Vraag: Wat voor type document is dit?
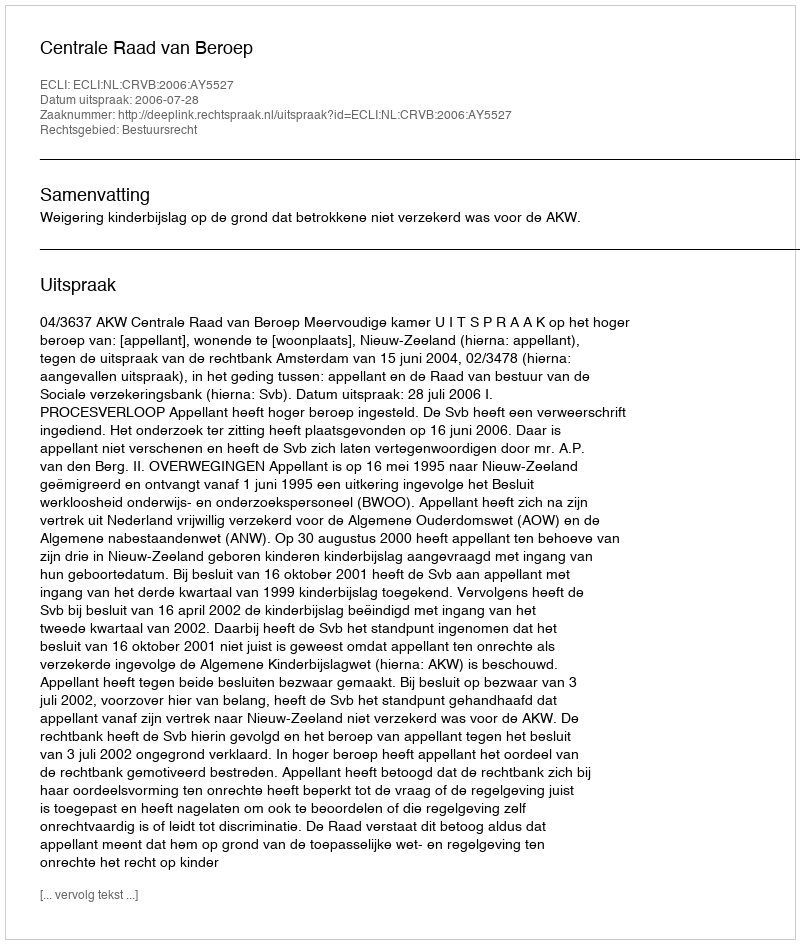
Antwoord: Uitspraak